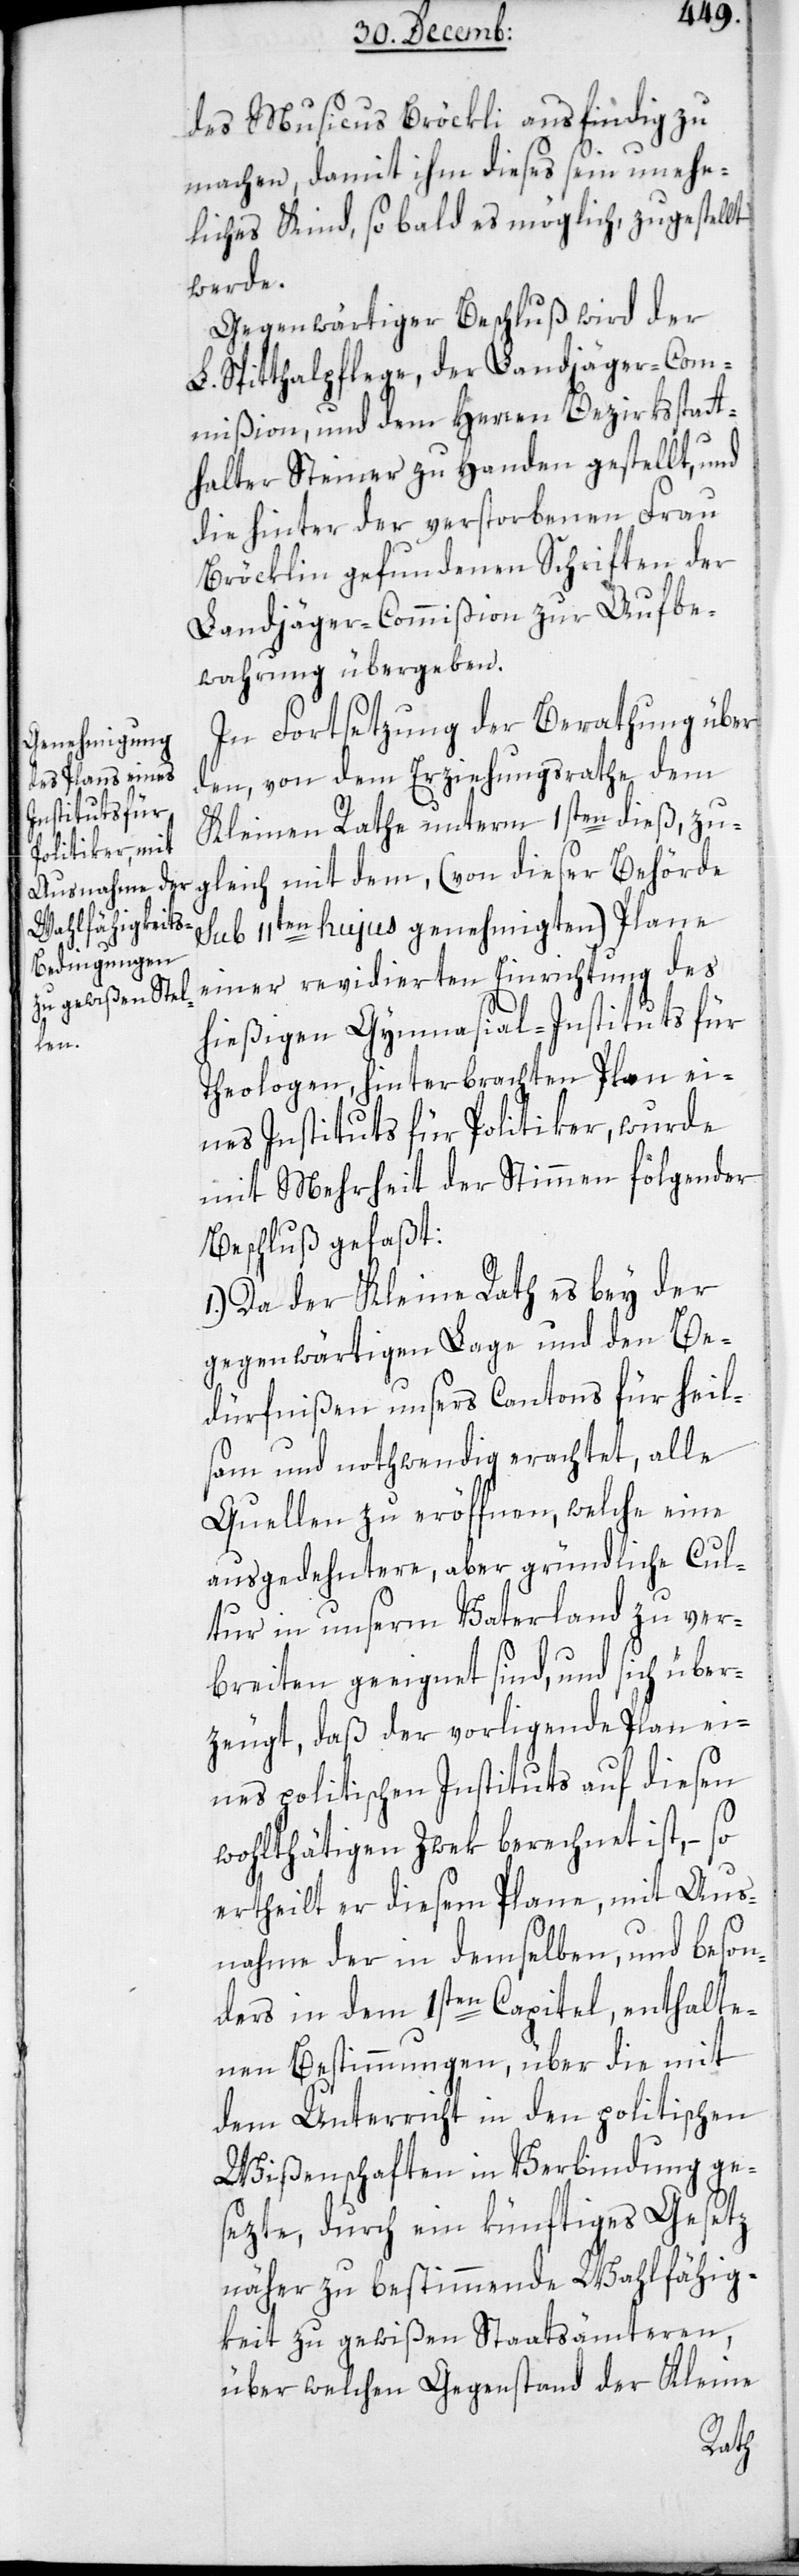
des Musicus Bröckli ausfindig zu
machen, damit ihm dieses seyn unehe¬
liches Kind, sobald möglich zugestellt
werde.
Gegenwärtiger Beschluß wird der
L. Spitthalpflege, der Landjäger-Com¬
mißion und dem Herren Bezirksstat¬
talter Steiner zu Handen gestellt, und
die hinter der verstorbenen Frau
Bröcklin gefundenen Schriften der
Landjäger-Commißion zur Aufbe¬
wahrung übergeben.
In Fortsetzung der Berathung über
den, von dem Erziehungsrathe dem
Kleinen Rathe unterm 1sten dieß, zu¬
gleich mit dem (von dieser Behörde
sub 11ten hujus genehmigten) Plane
einer revidierten Einrichtung des
hießigen Gymnasial-Instituts für
Theologen hinterbrachten Plan ei¬
nes Instituts für Politiker, wurde
mit Mehrheit der Stimmen folgender
Beschluß gefaßt:
1.) Da der Kleine Rath es bey der
gegenwärtigen Lage und den Be¬
dürfnißen unsers Cantons für heil¬
sam und nothwendig erachtet, alle
Quellen zu eröffnen, welche eine
ausgedehntere, aber gründliche Cul¬
tur in unserm Vaterlande zu ver¬
breiten geeignet sind, und sich über¬
zeugt, daß der vorliegende Plan ei¬
nes politischen Instituts auf diesen
wohltätigen Zwek berechnet ist, – so
ertheilt er diesem Plane, mit Aus¬
nahme der in demselben, und beson¬
ders in dem 1sten Capitel, enthalte¬
nen Bestimmungen, über die mit
dem Unterricht in den politischen
Wißenschaften in Verbindung ge¬
sezte, durch ein künftiges Gesetz
näher zu bestimmende Wahlfähig¬
keit zu gewißen Staatsämteren,
über welchen Gegenstand der Kleine